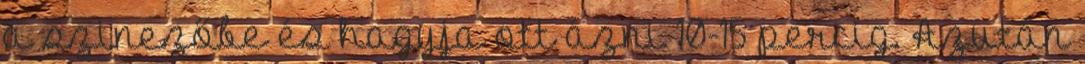
a szinezőbe és hagyja ott ázni 10-15 percig. Azután